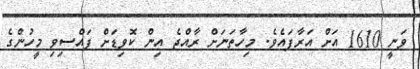
ވަނީ 1610 އަށް އަރާފައެވެ. މިހާތަނަށް ރާއްޖެ އިން ކޮވިޑަށް ފައްސިވި މީހުންގެ